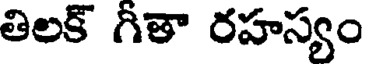
తిలక్ గీతా రహస్యం